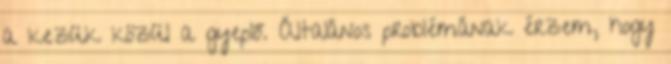
a kezük közül a gyeplő. Általános problémának érzem, hogy